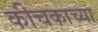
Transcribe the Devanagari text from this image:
कीचकाच्या